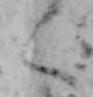
く